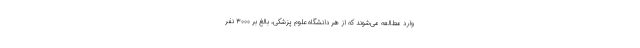
وارد مطالعه می‌شوند که از هر دانشگاه علوم پزشکی، بالغ بر ۳۰۰۰ نفر